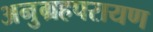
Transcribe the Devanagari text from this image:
अनुग्रहपरायण